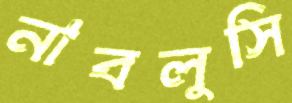
নাবলুসি